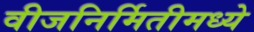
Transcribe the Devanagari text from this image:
वीजनिर्मितीमध्ये